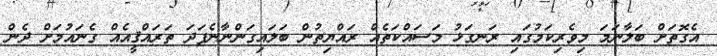
އެގޮތަށް ބަލާނަމަ މިވެރިކަމުގައި ރަނގަޅު މަސައްކަތެއް ރައްޔިތުން ބަލައިގަންނާނެފަދަ ތަރައްޤީއެއް ގެނައުމަށް ދެން